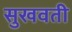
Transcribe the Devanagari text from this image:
सुखवती